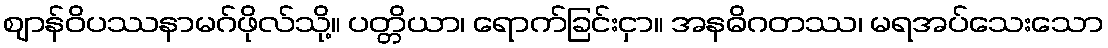
ဈာန်ဝိပဿနာမဂ်ဖိုလ်သို့။ ပတ္တိယာ၊ ရောက်ခြင်းငှာ။ အနဓိဂတဿ၊ မရအပ်သေးသော